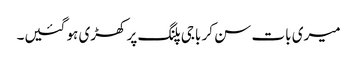
میری بات سن کر باجی پلنگ پر کھڑی ہو گئیں۔